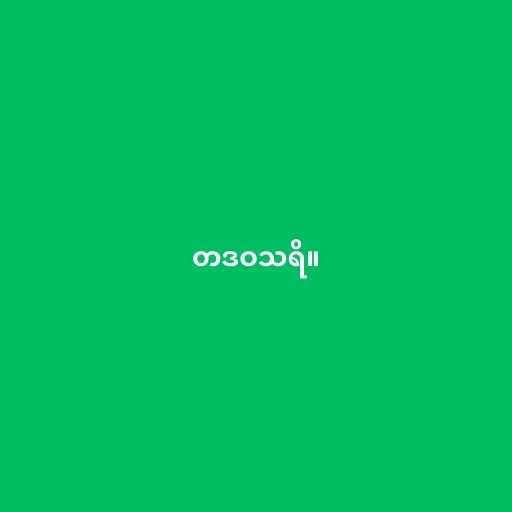
တဒဝသရိ။